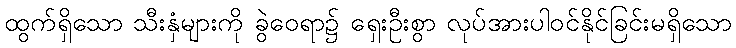
ထွက်ရှိသော သီးနှံများကို ခွဲဝေရာ၌ ရှေးဦးစွာ လုပ်အားပါဝင်နိုင်ခြင်းမရှိသော